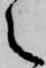
之